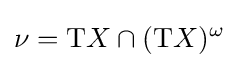
\nu =\mathrm {T} X\cap (\mathrm {T} X)^{\omega }